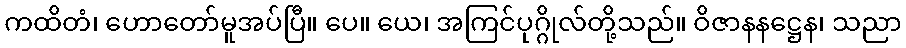
ကထိတံ၊ ဟောတော်မူအပ်ပြီ။ ပေ။ ယေ၊ အကြင်ပုဂ္ဂိုလ်တို့သည်။ ဝိဇာနနဋ္ဌေန၊ သညာ